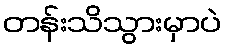
တန်းသိသွားမှာပဲ